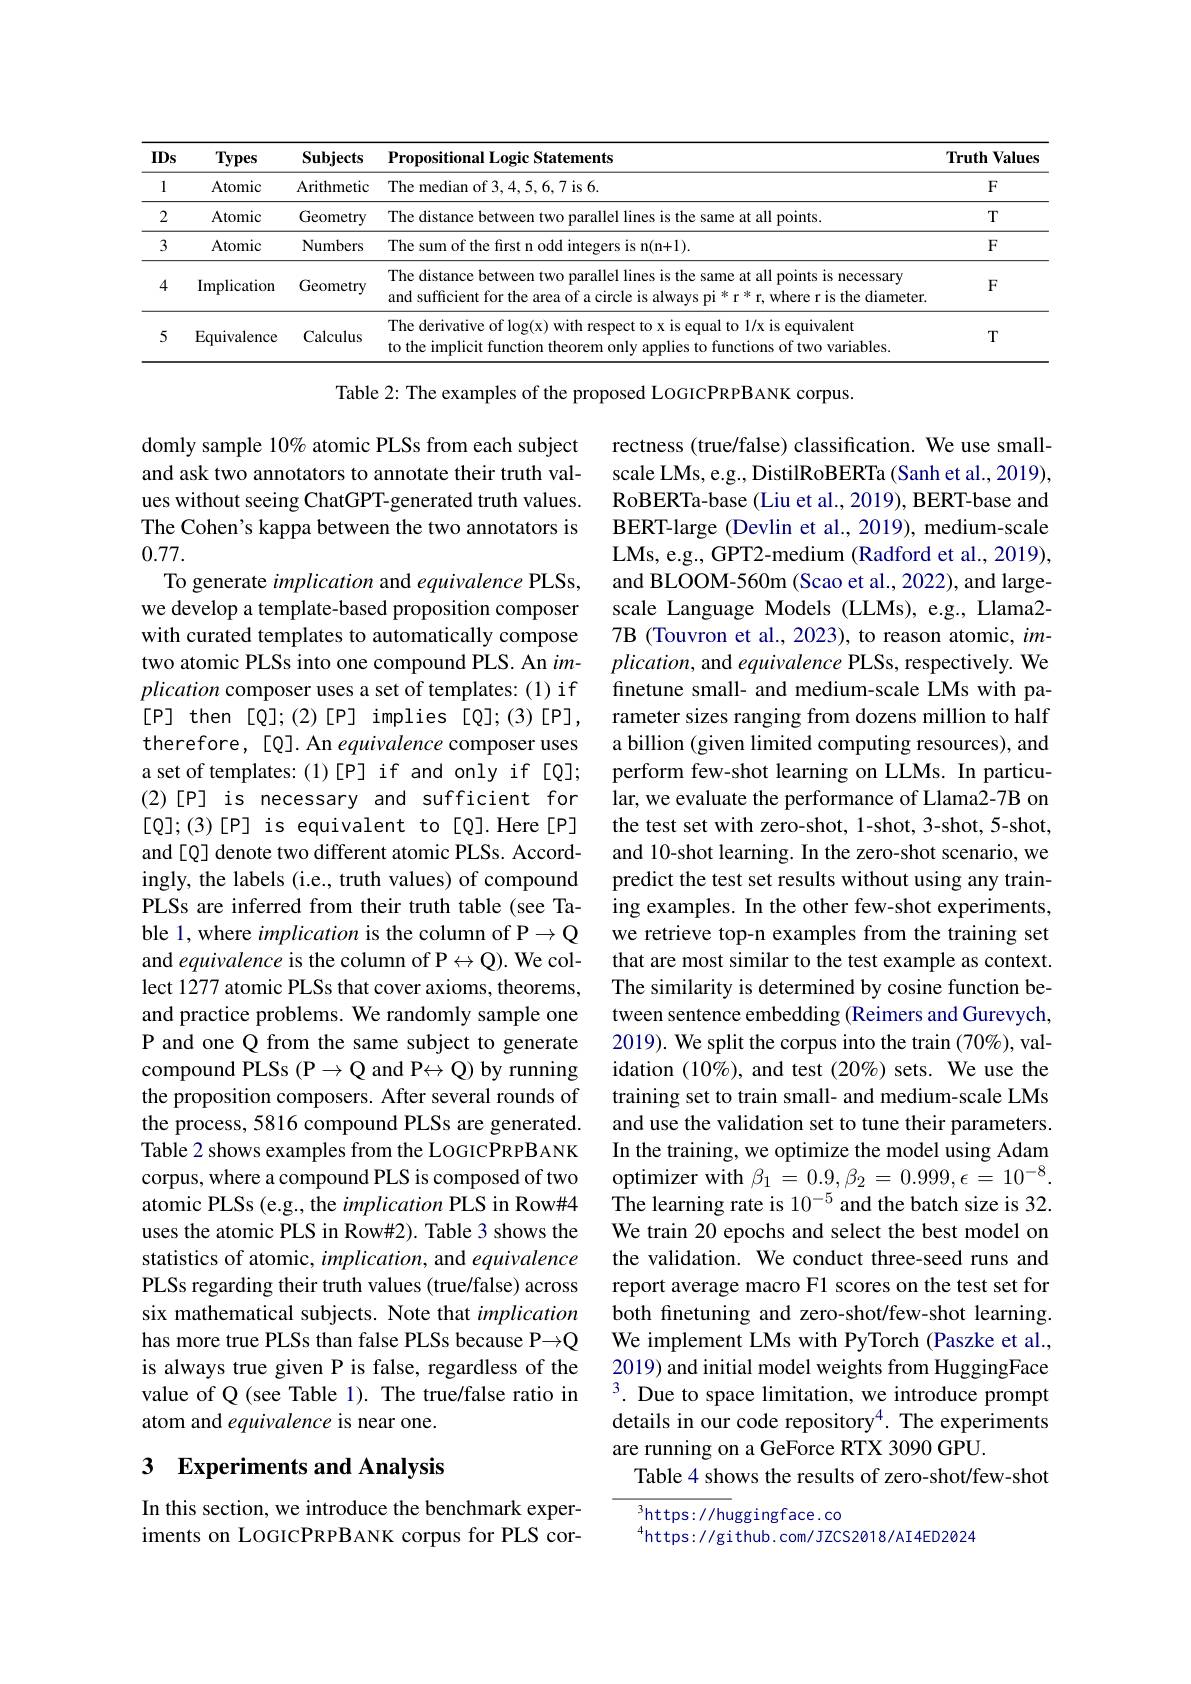
<table>
	<tbody>
		<tr>
			<th>IDs</th>
			<th>Types</th>
			<th>Subjects</th>
			<th>Propositional Logic Statements</th>
			<th>Truth $\mathbf{Values}$ </th>
		</tr>
		<tr>
			<td>1</td>
			<td>Atomic</td>
			<td>Arithmetic</td>
			<td>The median of 3,4,5,6,7 is 6.</td>
			<td>$F$</td>
		</tr>
		<tr>
			<td>2</td>
			<td>Atomic</td>
			<td>Geometry</td>
			<td>The distance b the same at all points</td>
			<td>$T$</td>
		</tr>
		<tr>
			<td>3</td>
			<td>Atomic</td>
			<td>Numbers</td>
			<td>The sum of ${\mathrm{ntegers~is~n(n+1).}}$</td>
			<td>$F$</td>
		</tr>
		<tr>
			<td>4</td>
			<td>Implication</td>
			<td>Geometry</td>
			<td>The distance between two parallel lines is the same at all points is necessary and sufficient for the area of a circle is always pi * r * r, where r is the diameter.</td>
			<td>$F$</td>
		</tr>
		<tr>
			<td>5</td>
			<td>Equivalence</td>
			<td>Calculus</td>
			<td>The derivative of log(x) with respect to x is equal to 1/x is equivalent to the implicit function theorem only applies to functions of two variables</td>
			<td>$T$</td>
		</tr>
	</tbody>
</table>

Table 2: The examples of the proposed LOGICPRPBANK corpus.

domly sample 10% atomic PLSs from each subject and ask two annotators to annotate their truth values without seeing ChatGPT-generated truth values. The Cohen's kappa between the two annotators is 0.77.
To generate implication and equivalence PLSs, we develop a template-based proposition composer with curated templates to automatically compose two atomic PLSs into one compound PLS. An $im-$ plication composer uses a set of templates: (1) if [P] then [Q];(2)[P] implies [Q];(3)[P], therefore, [Q]. An equivalence composer uses a set of templates:(1)[P] if and only if [Q]; (2)[P] is necessary and sufficient for [Q];(3)[P] is equivalent to[Q].Here[P] and[Q] denote two different atomic PLSs. Accordingly, the labels (i.e., truth values) of compound PLSs are inferred from their truth table (see Table 1, where implication is the column of P $\to\mathbb{Q}$ and equivalence is the column of P $\leftrightarrow\mathbb{Q}).$ We collect 1277 atomic PLSs that cover axioms, theorems, and practice problems. We randomly sample one P and one Q from the same subject to generate compound PLSs (P$\to\mathbb{Q}$ and P$\leftrightarrow\mathbb{Q})$ by running the proposition composers. After several rounds of the process, 5816 compound PLSs are generated. Table 2 shows examples from the LOGICPRPBANK corpus, where a compound PLS is composed of two atomic PLSs (e.g., the implication PLS in Row#4 uses the atomic PLS in Row#2). Table 3 shows the statistics of atomic, implication, and equivalence PLSs regarding their truth values (true/false) across six mathematical subjects. Note that implication has more true PLSs than false PLSs because P$\to\mathbb{Q}$ is always true given P is false, regardless of the value of Q (see Table 1). The true/false ratio in atom and equivalence is near one.

rectness (true/false) classification. We use smallscale LMs, e.g., DistilRoBERTa (Sanh et al., 2019), RoBERTa-base (Liu et al., 2019), BERT-base and BERT-large (Devlin et al., 2019), medium-scale LMs, e.g., GPT2-medium (Radford et al., 2019), and BLOOM-560m (Scao et al., 2022), and largescale Language Models (LLMs), e.g., Llama2- 7B (Touvron et al., 2023), to reason atomic, $im$- $plication$, and equivalence PLSs, respectively. We finetune small- and medium-scale LMs with parameter sizes ranging from dozens million to half a billion (given limited computing resources), and perform few-shot learning on LLMs. In particular, we evaluate the performance of Llama2-7B on the test set with zero-shot, 1-shot, 3-shot, 5-shot, and 10-shot learning. In the zero-shot scenario, we predict the test set results without using any training examples. In the other few-shot experiments, we retrieve top-n examples from the training set that are most similar to the test example as context. The similarity is determined by cosine function between sentence embedding (Reimers and Gurevych, 2019). We split the corpus into the train (70%), validation (10%), and test (20%) sets. We use the training set to train small- and medium-scale LMs and use the validation set to tune their parameters. In the training, we optimize the model using Adam optimizer with $\beta_1=0.9,\beta_2=0.999,\epsilon=10^{-8}.$ The learning rate is $10^{-5}$ and the batch size is 32. We train 20 epochs and select the best model on the validation. We conduct three-seed runs and report average macro F1 scores on the test set for both finetuning and zero-shot/few-shot learning. We implement LMs with PyTorch (Paszke et al., 2019) and initial model weights from HuggingFace $^{3}.$ Due to space limitation, we introduce prompt details in our code repository$^4.$ The experiments are running on a GeForce RTX 3090 GPU.
Table 4 shows the results of zero-shot/few-shot

## 3 Experiments and Analysis

In this section, we introduce the benchmark experiments on LOGICPRPBANK corpus for PLS cor-

$^3$https://huggingface.co
$^{4}$https://github.com/JZCS2018/AI4ED2024